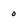
Character: o